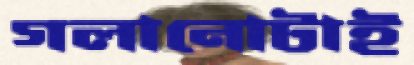
গলানোটাই